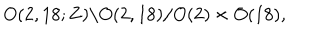
LaTeX: O ( 2 , 1 8 ; { \bf Z } ) \backslash O ( 2 , 1 8 ) / O ( 2 ) \times O ( 1 8 ) ,